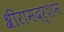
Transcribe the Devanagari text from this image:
श्रीरामदर्शन